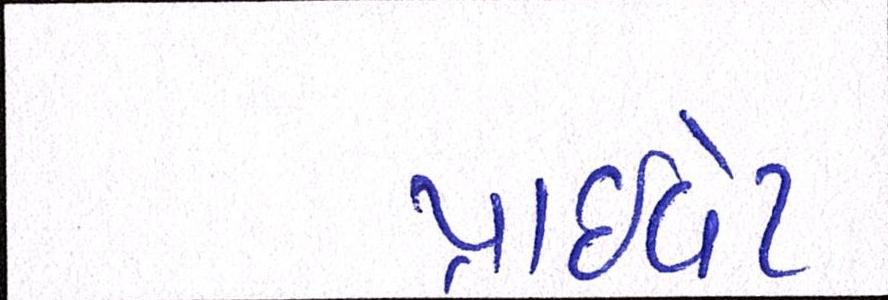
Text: પ્રાઈવેટ